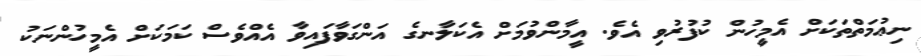
ނިޢުމަތްތަކަށް އެމީހުން ކުފުރުވި އެވެ. އީމާންވުމަށް އެކަލާނގެ އަންގަވާފައިވާ އެއްވެސް ކަމަކަށް އެމީހުންނަކު